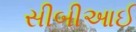
સીબીઆઈ